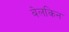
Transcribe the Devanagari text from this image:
बेलकिन